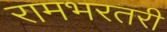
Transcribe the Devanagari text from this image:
रामभरतरी